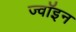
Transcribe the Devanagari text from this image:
ज्‍वॉइन